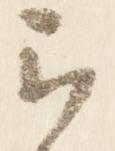
云